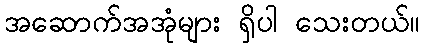
အဆောက်အအုံများ ရှိပါ သေးတယ်။